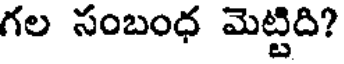
గల సంబంధ మెట్టిది?